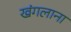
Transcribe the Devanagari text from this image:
खंगलाना